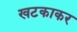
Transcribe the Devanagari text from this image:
खटकाकर